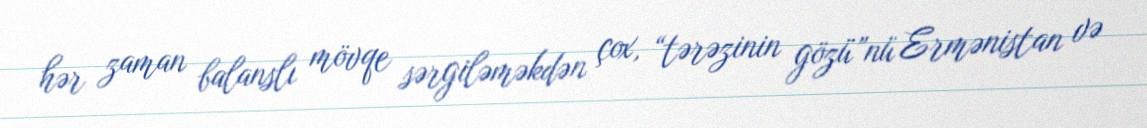
hər zaman balanslı mövqe sərgiləməkdən çox, “tərəzinin gözü”nü Ermənistan və